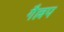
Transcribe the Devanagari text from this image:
गैल्लप